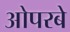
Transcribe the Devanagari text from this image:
ओपरबे